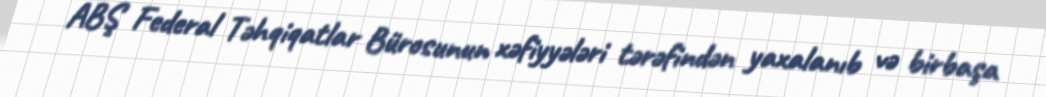
ABŞ Federal Təhqiqatlar Bürosunun xəfiyyələri tərəfindən yaxalanıb və birbaşa